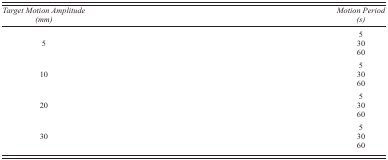
<table><thead><tr><td><b><i>Target Motion Amplitude (mm)</i></b></td><td><b><i>Motion Period (s)</i></b></td></tr></thead><tbody><tr><td rowspan="3">5</td><td>5</td></tr><tr><td>30</td></tr><tr><td>60</td></tr><tr><td rowspan="3">10</td><td>5</td></tr><tr><td>30</td></tr><tr><td>60</td></tr><tr><td rowspan="3">20</td><td>5</td></tr><tr><td>30</td></tr><tr><td>60</td></tr><tr><td rowspan="3">30</td><td>5</td></tr><tr><td>30</td></tr><tr><td>60</td></tr></tbody></table>